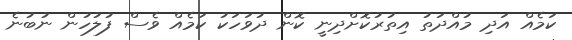
ކަމެއް އަދި މުއްދަތު އިތުރުކޮށްދިނީ ކޮން ދުވަހަކު ކަމެއް ވެސް ފުލުހުން ނުބުނެ